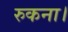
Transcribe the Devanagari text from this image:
रुकना।